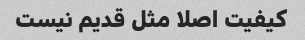
کیفیت اصلا مثل قدیم نیست